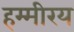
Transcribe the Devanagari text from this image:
हम्मीरय